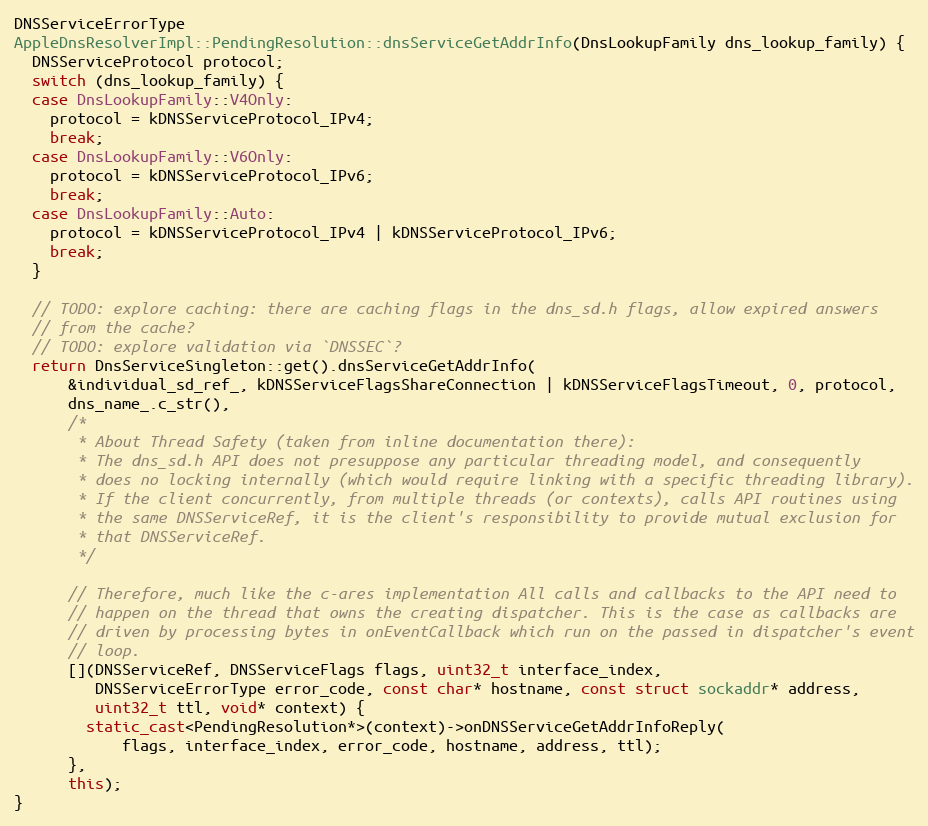
Language: C++
DNSServiceErrorType
AppleDnsResolverImpl::PendingResolution::dnsServiceGetAddrInfo(DnsLookupFamily dns_lookup_family) {
  DNSServiceProtocol protocol;
  switch (dns_lookup_family) {
  case DnsLookupFamily::V4Only:
    protocol = kDNSServiceProtocol_IPv4;
    break;
  case DnsLookupFamily::V6Only:
    protocol = kDNSServiceProtocol_IPv6;
    break;
  case DnsLookupFamily::Auto:
    protocol = kDNSServiceProtocol_IPv4 | kDNSServiceProtocol_IPv6;
    break;
  }

  // TODO: explore caching: there are caching flags in the dns_sd.h flags, allow expired answers
  // from the cache?
  // TODO: explore validation via `DNSSEC`?
  return DnsServiceSingleton::get().dnsServiceGetAddrInfo(
      &individual_sd_ref_, kDNSServiceFlagsShareConnection | kDNSServiceFlagsTimeout, 0, protocol,
      dns_name_.c_str(),
      /*
       * About Thread Safety (taken from inline documentation there):
       * The dns_sd.h API does not presuppose any particular threading model, and consequently
       * does no locking internally (which would require linking with a specific threading library).
       * If the client concurrently, from multiple threads (or contexts), calls API routines using
       * the same DNSServiceRef, it is the client's responsibility to provide mutual exclusion for
       * that DNSServiceRef.
       */

      // Therefore, much like the c-ares implementation All calls and callbacks to the API need to
      // happen on the thread that owns the creating dispatcher. This is the case as callbacks are
      // driven by processing bytes in onEventCallback which run on the passed in dispatcher's event
      // loop.
      [](DNSServiceRef, DNSServiceFlags flags, uint32_t interface_index,
         DNSServiceErrorType error_code, const char* hostname, const struct sockaddr* address,
         uint32_t ttl, void* context) {
        static_cast<PendingResolution*>(context)->onDNSServiceGetAddrInfoReply(
            flags, interface_index, error_code, hostname, address, ttl);
      },
      this);
}